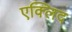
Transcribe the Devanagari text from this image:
एक्लिद